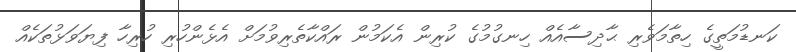
ކަނޑުމަތީގެ ހިތާމަވެރި ޙާދިސާއެއް ހިނގުމުގެ ކުރިން އެކަމުން ރައްކާތެރިވުމަށް އެޅެންހުރި ހުރިހާ ފިޔަވަޅުތަކެއް